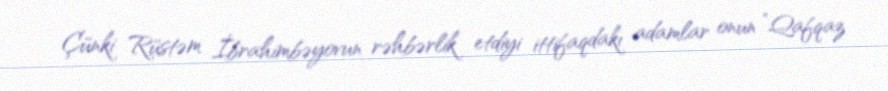
Çünki Rüstəm İbrahimbəyovun rəhbərlik etdiyi ittifaqdakı adamlar onun ”Qafqaz